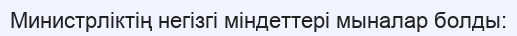
Министрліктің негізгі міндеттері мыналар болды: